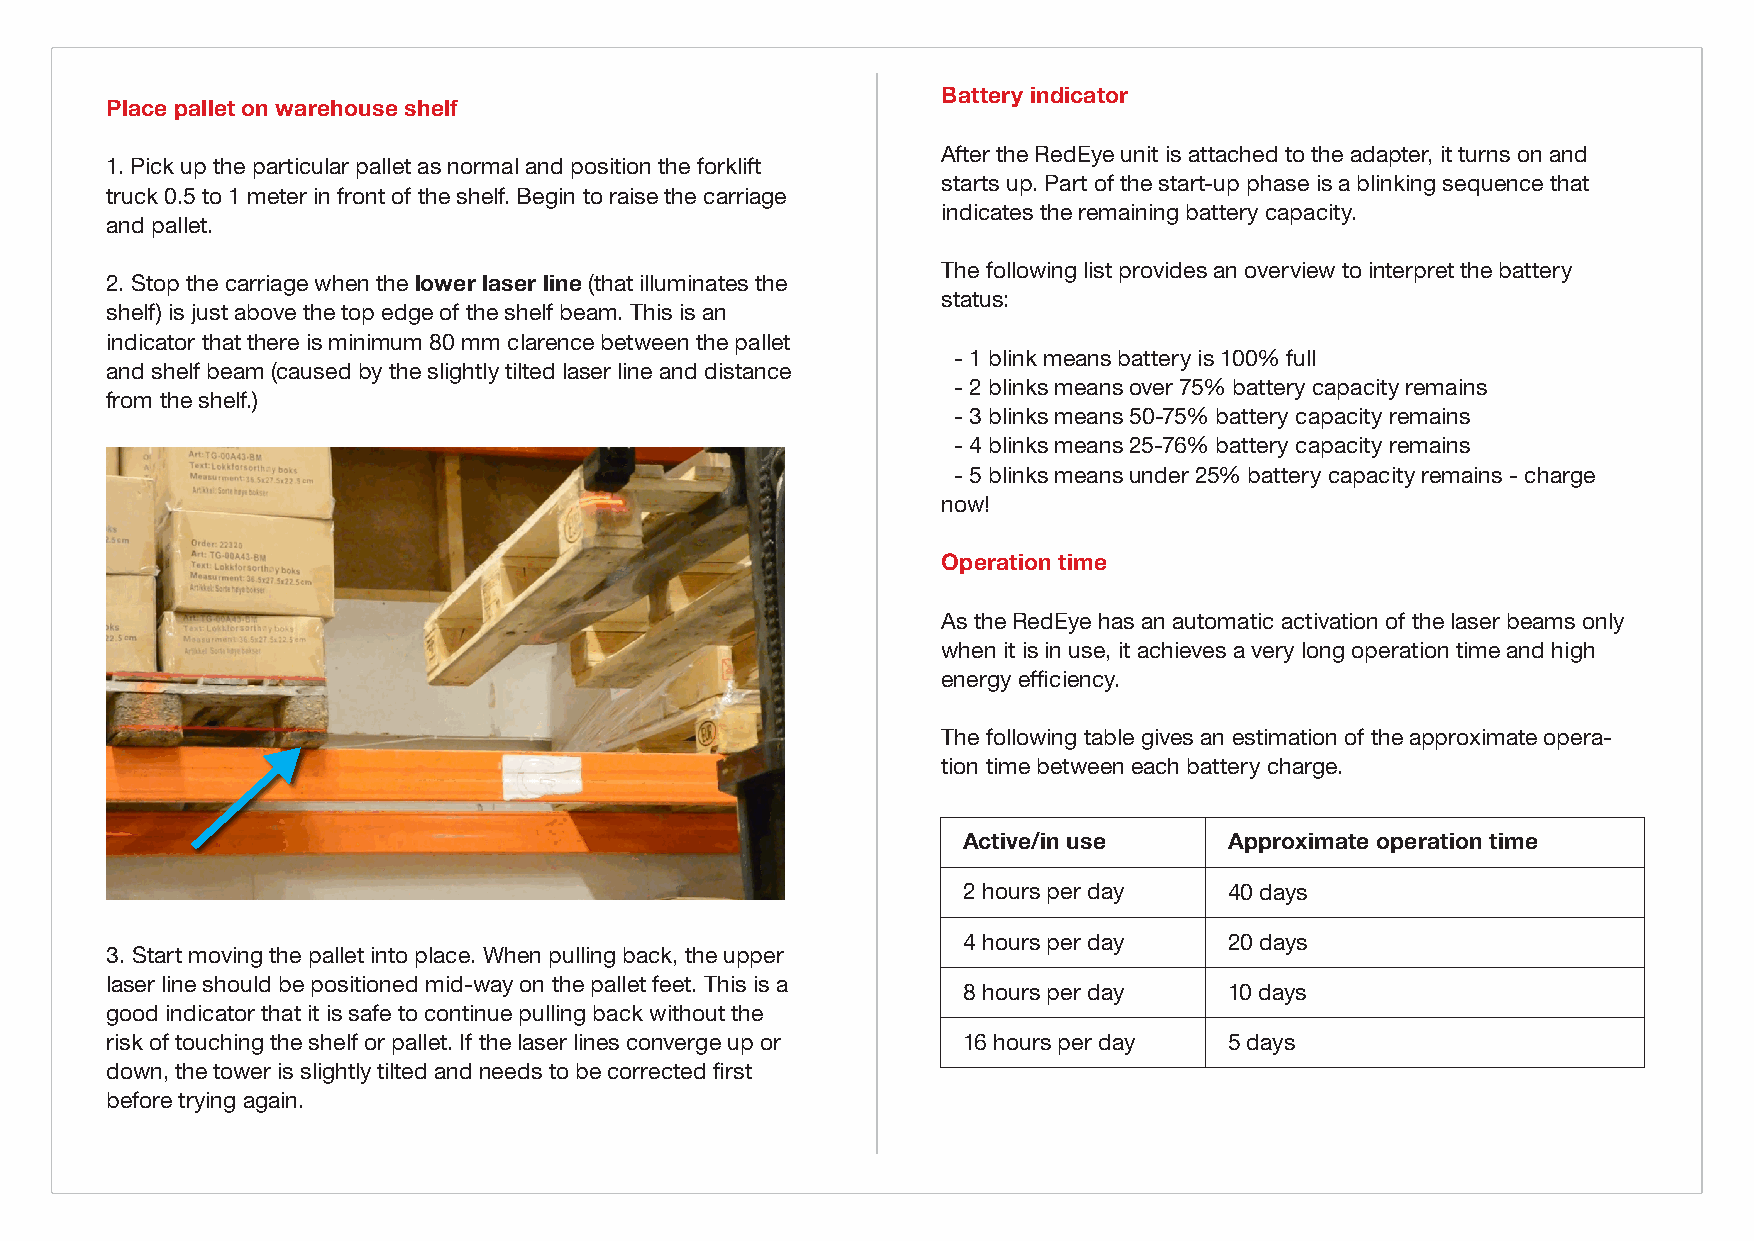
Battery indicator
 Place pallet on warehouse shelf
 After the RedEye unit is attached to the adapter, it turns on and
 1. Pick up the particular pallet as normal and position the forklift
 starts up. Part of the start-up phase is a blinking sequence that
 truck 0.5 to 1 meter in front of the shelf. Begin to raise the carriage
 indicates the remaining battery capacity.
 and pallet.
 The following list provides an overview to interpret the battery
 2. Stop the carriage when the lower laser line (that illuminates the
 status:
 shelf) is just above the top edge of the shelf beam. This is an
 indicator that there is minimum 80 mm clarence between the pallet
 - 1 blink means battery is 100% full
 and shelf beam (caused by the slightly tilted laser line and distance
 - 2 blinks means over 75% battery capacity remains
 from the shelf.)
 - 3 blinks means 50-75% battery capacity remains
 - 4 blinks means 25-76% battery capacity remains
 - 5 blinks means under 25% battery capacity remains - charge
 now!
 Operation time
 <bilde plassere pall>
 As the RedEye has an automatic activation of the laser beams only
 when it is in use, it achieves a very long operation time and high
 energy efficiency.
 The following table gives an estimation of the approximate opera-
 tion time between each battery charge.
 Active/in use    Approximate operation time
 2 hours per day  40 days
 4 hours per day  20 days
 3. Start moving the pallet into place. When pulling back, the upper
 laser line should be positioned mid-way on the pallet feet. This is a
 8 hours per day  10 days
 good indicator that it is safe to continue pulling back without the
 risk of touching the shelf or pallet. If the laser lines converge up or 16 hours per day 5 days
 down, the tower is slightly tilted and needs to be corrected first
 before trying again.